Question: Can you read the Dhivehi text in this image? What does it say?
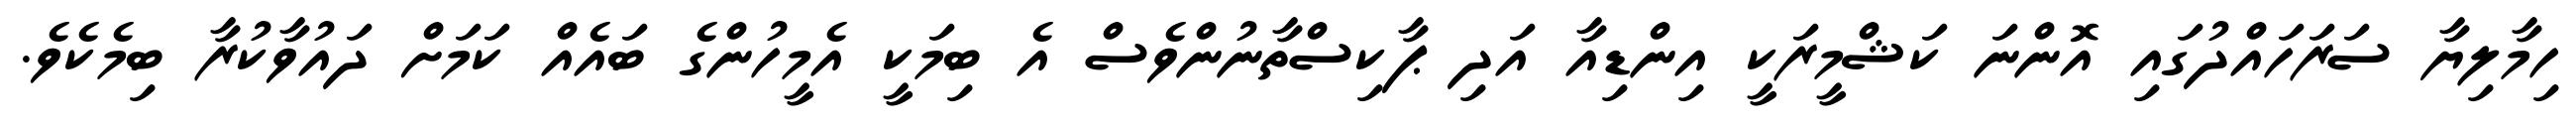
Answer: ހިމާލިޔާ ސަރަހައްދުގައި އޮންނަ ކަޝްމީރަކީ އިންޑިއާ އަދި ޕާކިސްތާނުންވެސް އެ ބިމަކީ އެމީހުންގެ ބައެއް ކަމަށް ދައުވާކުރާ ބިމެކެވެ.